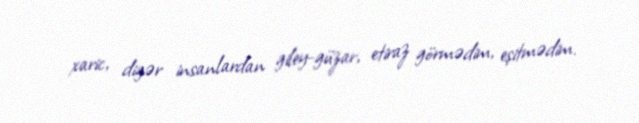
xaric, digər insanlardan giley-güzar, etiraz görmədim, eşitmədim.